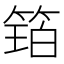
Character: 𮅩